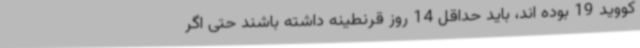
کووید 19 بوده اند، باید حداقل 14 روز قرنطینه داشته باشند حتی اگر